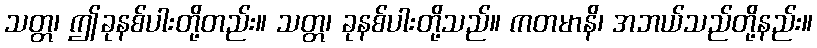
သတ္တ၊ ဤခုနစ်ပါးတို့တည်း။ သတ္တ၊ ခုနစ်ပါးတို့သည်။ ကတမာနိ၊ အဘယ်သည်တို့နည်း။